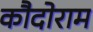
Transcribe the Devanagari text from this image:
कौदोराम